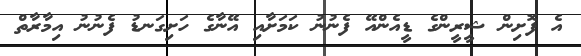
އެ ފޮށިން ޝީރީންގެ ޑީއެންއޭ ފެނުނު ކަމަށާއި އޭނާގެ ހަށިގަނޑު ފެނުނު އިމާރާތް